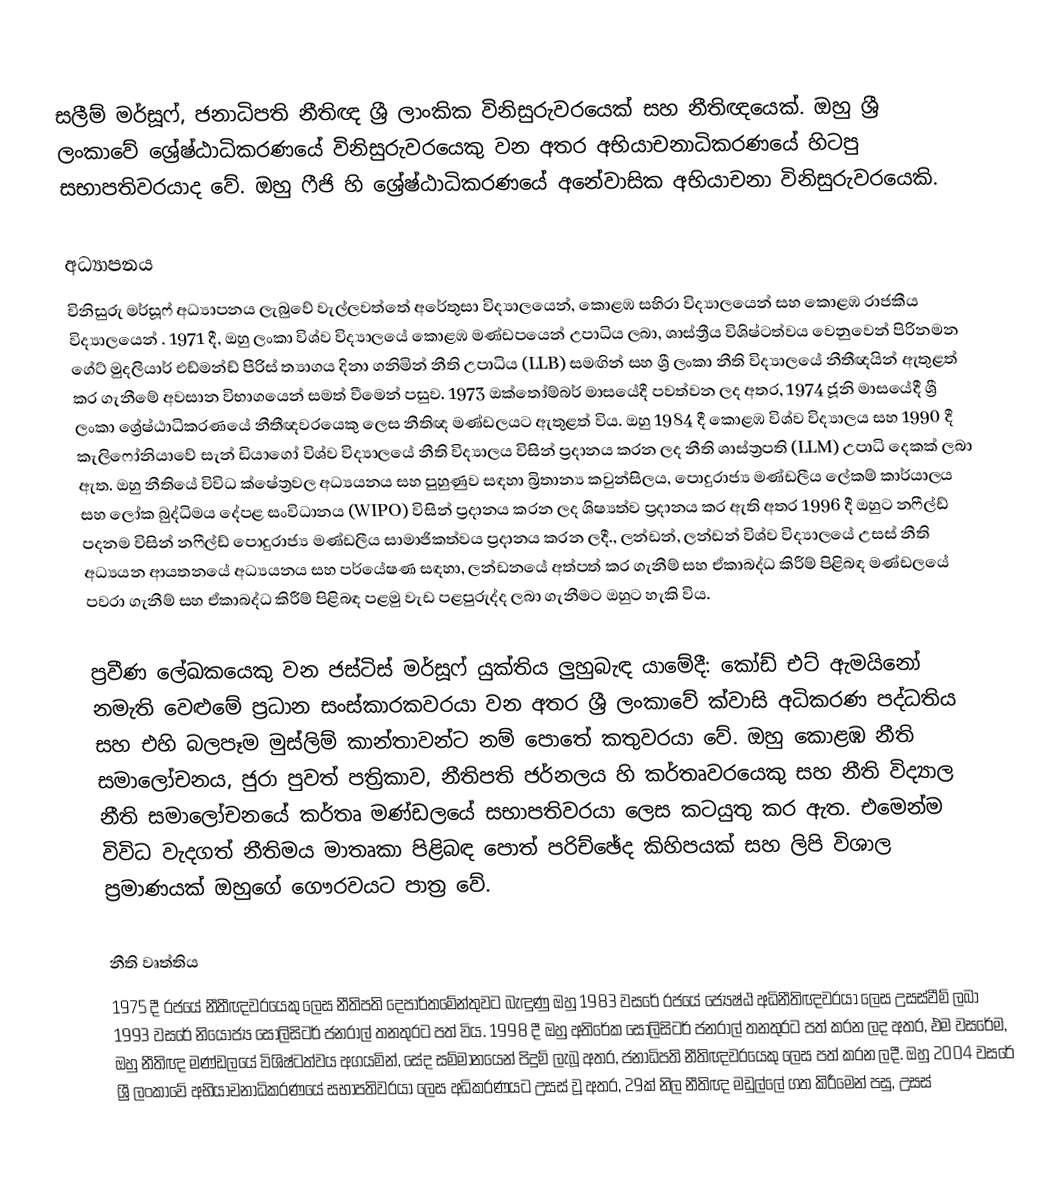
සලීම් මර්සූෆ්, ජනාධිපති නීතිඥ ශ්‍රී ලාංකික විනිසුරුවරයෙක් සහ නීතිඥයෙක්. ඔහු ශ්‍රී ලංකාවේ ශ්‍රේෂ්ඨාධිකරණයේ විනිසුරුවරයෙකු වන අතර අභියාචනාධිකරණයේ හිටපු සභාපතිවරයාද වේ.  ඔහු ෆීජි හි ශ්‍රේෂ්ඨාධිකරණයේ අනේවාසික අභියාචනා විනිසුරුවරයෙකි.

අධ්‍යාපනය
විනිසුරු මර්සූෆ් අධ්‍යාපනය ලැබුවේ වැල්ලවත්තේ අරේතුසා විද්‍යාලයෙන්, කොළඹ සහිරා විද්‍යාලයෙන් සහ කොළඹ රාජකීය විද්‍යාලයෙන් . 1971 දී, ඔහු ලංකා විශ්ව විද්‍යාලයේ කොළඹ මණ්ඩපයෙන් උපාධිය ලබා, ශාස්ත්‍රීය විශිෂ්ටත්වය වෙනුවෙන් පිරිනමන ගේට් මුදලියාර් එඩ්මන්ඩ් පීරිස් ත්‍යාගය දිනා ගනිමින් නීති උපාධිය (LLB) සමඟින් සහ ශ්‍රී ලංකා නීති විද්‍යාලයේ නීතීඥයින් ඇතුළත් කර ගැනීමේ අවසාන විභාගයෙන් සමත් වීමෙන් පසුව. 1973 ඔක්තෝම්බර් මාසයේදී පවත්වන ලද අතර, 1974 ජූනි මාසයේදී ශ්‍රී ලංකා ශ්‍රේෂ්ඨාධිකරණයේ නීතීඥවරයෙකු ලෙස නීතිඥ මණ්ඩලයට ඇතුළත් විය. ඔහු 1984 දී කොළඹ විශ්ව විද්‍යාලය සහ 1990 දී කැලිෆෝනියාවේ සැන් ඩියාගෝ විශ්ව විද්‍යාලයේ නීති විද්‍යාලය විසින් ප්‍රදානය කරන ලද නීති ශාස්ත්‍රපති (LLM) උපාධි දෙකක් ලබා ඇත. ඔහු නීතියේ විවිධ ක්ෂේත්‍රවල අධ්‍යයනය සහ පුහුණුව සඳහා බ්‍රිතාන්‍ය කවුන්සිලය, පොදුරාජ්‍ය මණ්ඩලීය ලේකම් කාර්යාලය සහ ලෝක බුද්ධිමය දේපළ සංවිධානය (WIPO) විසින් ප්‍රදානය කරන ලද ශිෂ්‍යත්ව ප්‍රදානය කර ඇති අතර 1996 දී ඔහුට නෆීල්ඩ් පදනම විසින් නෆීල්ඩ් පොදුරාජ්‍ය මණ්ඩලීය සාමාජිකත්වය ප්‍රදානය කරන ලදී., ලන්ඩන්, ලන්ඩන් විශ්ව විද්‍යාලයේ උසස් නීති අධ්‍යයන ආයතනයේ අධ්‍යයනය සහ පර්යේෂණ සඳහා, ලන්ඩනයේ අත්පත් කර ගැනීම් සහ ඒකාබද්ධ කිරීම් පිළිබඳ මණ්ඩලයේ පවරා ගැනීම් සහ ඒකාබද්ධ කිරීම් පිළිබඳ පළමු වැඩ පළපුරුද්ද ලබා ගැනීමට ඔහුට හැකි විය.

ප්‍රවීණ ලේඛකයෙකු වන ජස්ටිස් මර්සූෆ් යුක්තිය ලුහුබැඳ යාමේදී: කෝඩ් එට් ඇමයිනෝ නමැති වෙළුමේ ප්‍රධාන සංස්කාරකවරයා වන අතර ශ්‍රී ලංකාවේ ක්වාසි අධිකරණ පද්ධතිය සහ එහි බලපෑම මුස්ලිම් කාන්තාවන්ට නම් පොතේ කතුවරයා වේ. ඔහු කොළඹ නීති සමාලෝචනය, ජුරා පුවත් පත්‍රිකාව, නීතිපති ජර්නලය හි කර්තෘවරයෙකු සහ නීති විද්‍යාල නීති සමාලෝචනයේ කර්තෘ මණ්ඩලයේ සභාපතිවරයා ලෙස කටයුතු කර ඇත. එමෙන්ම විවිධ වැදගත් නීතිමය මාතෘකා පිළිබඳ පොත් පරිච්ඡේද කිහිපයක් සහ ලිපි විශාල ප්‍රමාණයක් ඔහුගේ ගෞරවයට පාත්‍ර වේ.

නීති වෘත්තිය
1975 දී රජයේ නීතීඥවරයෙකු ලෙස නීතිපති දෙපාර්තමේන්තුවට බැඳුණු ඔහු 1983 වසරේ රජයේ ජ්‍යෙෂ්ඨ අධිනීතිඥවරයා ලෙස උසස්වීම් ලබා 1993 වසරේ නියෝජ්‍ය සොලිසිටර් ජනරාල් තනතුරට පත් විය. 1998 දී ඔහු අතිරේක සොලිසිටර් ජනරාල් තනතුරට පත් කරන ලද අතර, එම වසරේම, ඔහු නීතිඥ මණ්ඩලයේ විශිෂ්ටත්වය අගයමින්, සේද සම්මානයෙන් පිදුම් ලැබූ අතර, ජනාධිපති නීතිඥවරයෙකු ලෙස පත් කරන ලදී. ඔහු 2004 වසරේ ශ්‍රී ලංකාවේ අභියාචනාධිකරණයේ සභාපතිවරයා ලෙස අධිකරණයට උසස් වූ අතර, 29ක් නිල නීතිඥ මඩුල්ලේ ගත කිරීමෙන් පසු, උසස්